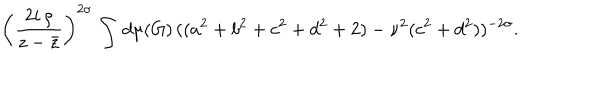
\left( \frac { 2 i \, \rho } { z - \bar { z } } \right) ^ { 2 \sigma } \, \int \, d \mu ( G ) \, ( ( a ^ { 2 } + b ^ { 2 } + c ^ { 2 } + d ^ { 2 } + 2 ) - \nu ^ { 2 } ( c ^ { 2 } + d ^ { 2 } ) ) ^ { - 2 \sigma } .